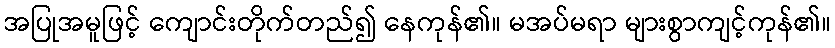
အပြုအမူဖြင့် ကျောင်းတိုက်တည်၍ နေကုန်၏။ မအပ်မရာ များစွာကျင့်ကုန်၏။